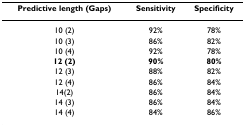
| Predictive length (Gaps) | Sensitivity | Specificity |
 | --- | --- | --- |
 | 10 (2) | 92% | 78% |
 | 10 (3) | 86% | 82% |
 | 10 (4) | 92% | 78% |
 | 12 (2) | 90% | 80% |
 | 12 (3) | 88% | 82% |
 | 12 (4) | 86% | 84% |
 | 14(2) | 86% | 84% |
 | 14 (3) | 86% | 84% |
 | 14 (4) | 84% | 86% |